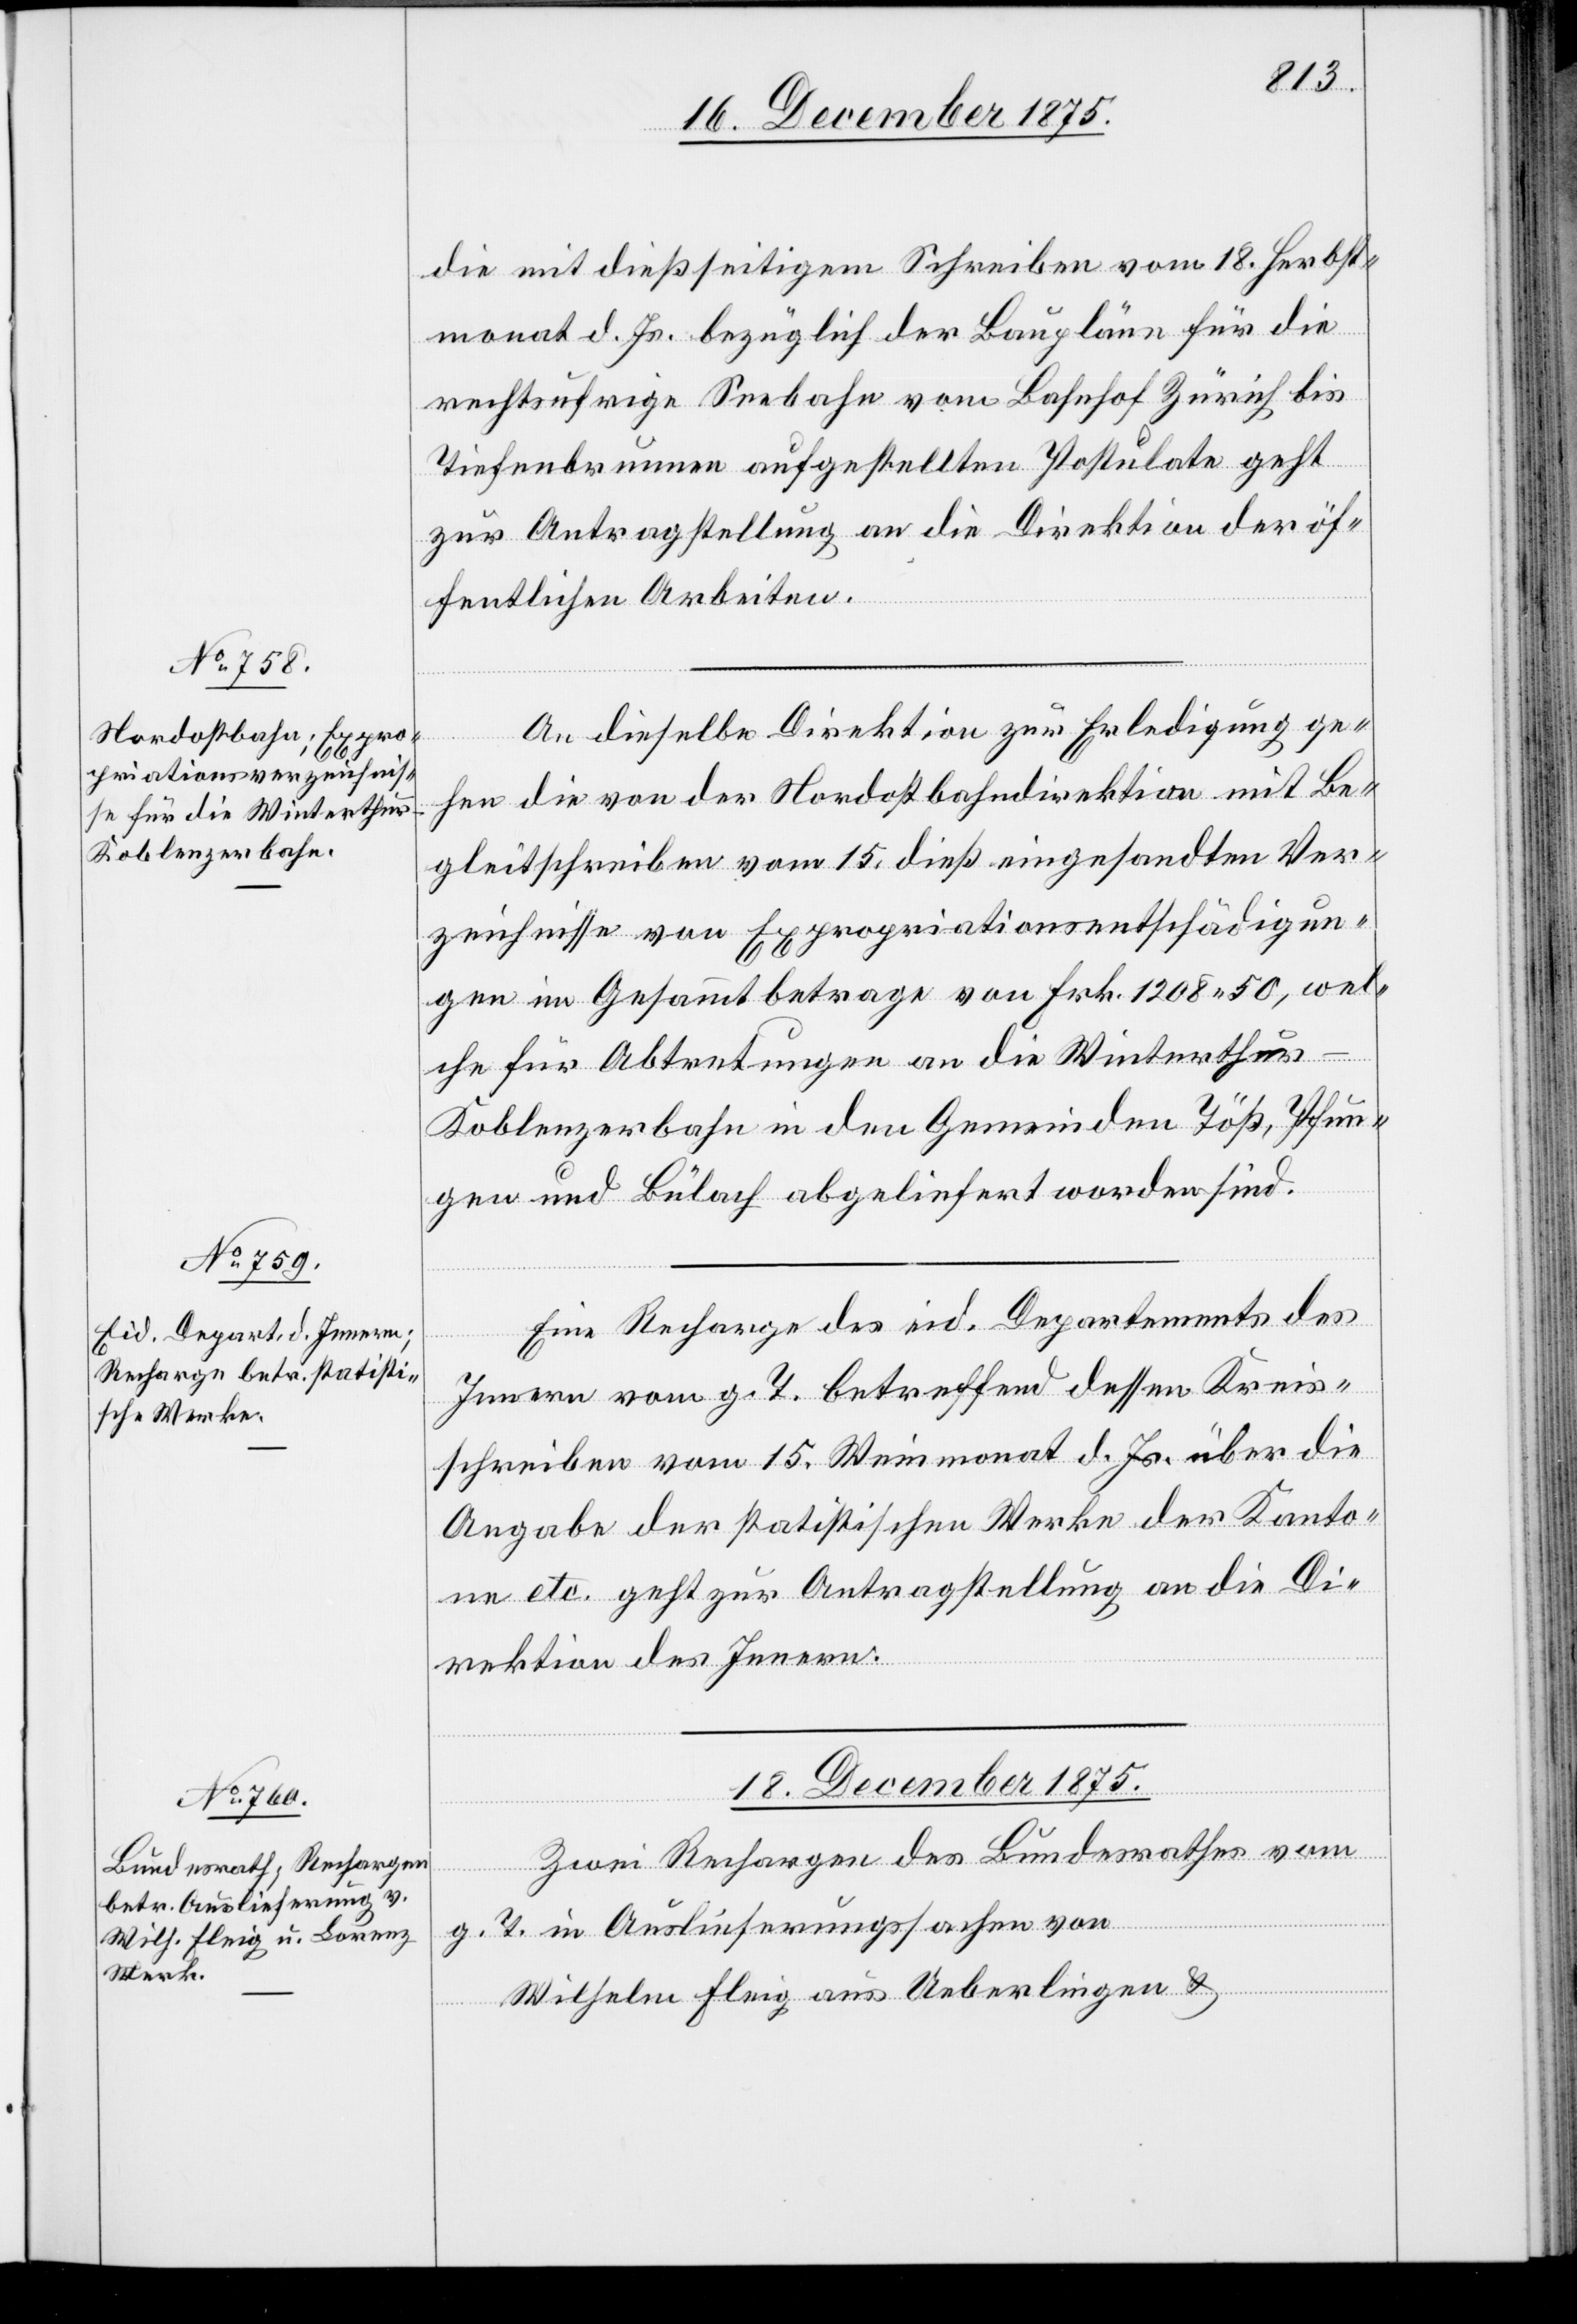
die mit dießseitigem Schreiben vom 18. Herbst¬
monat d. Js. bezüglich der Baupläne für die
rechtsufrige Seebahn vom Bahnhof Zürich bis
Tiefenbrunnen aufgestellten Postulate geht
zur Antragstellung an die Direktion der öf¬
fentlichen Arbeiten.
An dieselbe Direktion zur Erledigung ge¬
hen die von der Nordostbahndirektion mit Be¬
gleitschreiben vom 15. dieß eingesandten Ver¬
zeichnisse von Expropriationsentschädigun¬
gen im Gesammtbetrage von Fr. 1208 50, wel¬
che für Abtretungen an die Winterthur–K¬
oblenzerbahn in den Gemeinden Töß, Pfun¬
gen und Bülach abgeliefert worden sind.
Eine Recharge des eid. Departments des
Innern vom g. T. betreffend dessen Kreis¬
schreiben vom 15. Weinmonat d. Js. über die
Angabe der statistischen Werke der Kanto¬
ne etc. geht zur Antragstellung an die Di¬
rektion des Innern.
18. December 1875.
Zwei Rechargen des Bundesrathes vom
g. T. in Auslieferungssachen von
Wilhelm Fleig aus Ueberlingen &